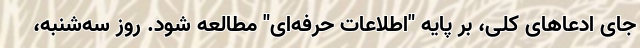
جای ادعاهای کلی، بر پایه "اطلاعات حرفه‌ای" مطالعه شود. روز سه‌شنبه،